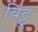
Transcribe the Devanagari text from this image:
बिट्टु